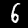
Label: 6